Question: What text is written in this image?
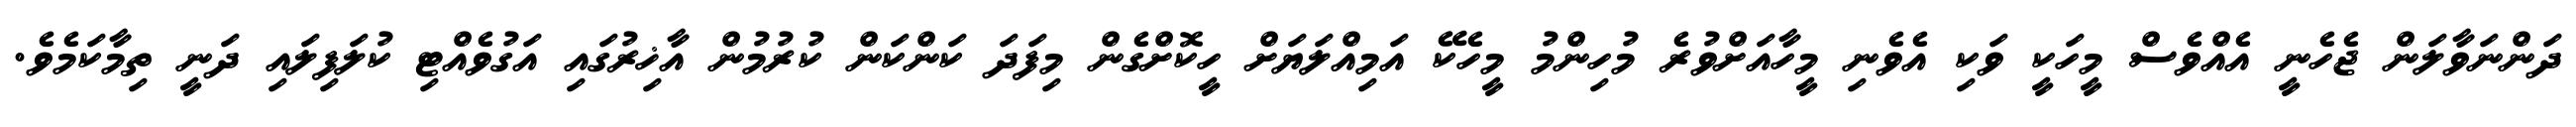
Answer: ދަންނަވާލަން ޖެހެނީ އެއްވެސް މީހަކީ ވަކި އެވެނި މީހާއަށްވުރެ މުހިންމު މީހެކޭ އަމިއްލަޔަށް ހީކޮށްގެން މިފަދަ ކަންކަން ކުރުމުން އާޚިރުގައި އަގުވެއްޓި ކުލަފިލައި ދަނީ ތިމާކަމެވެ.